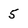
Character: 5